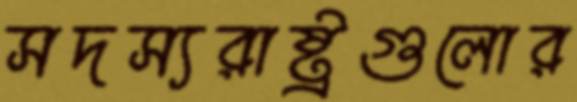
সদস্যরাষ্ট্রগুলোর